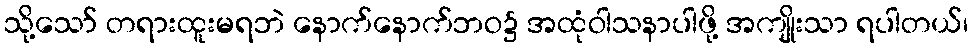
သို့သော် တရားထူးမရဘဲ နောက်နောက်ဘဝ၌ အထုံဝါသနာပါဖို့ အကျိုးသာ ရပါတယ်၊